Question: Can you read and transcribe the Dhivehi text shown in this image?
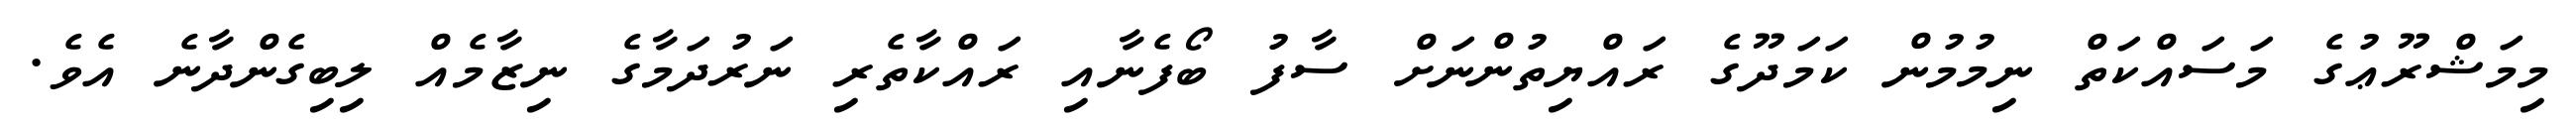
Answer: މިމަޝްރޫޢުގެ މަސައްކަތް ނިމުމުން ކަމަދޫގެ ރައްޔިތުންނަށް ސާފު ބޯފެނާއި ރައްކާތެރި ނަރުދަމާގެ ނިޒާމެއް ލިބިގެންދާނެ އެވެ.